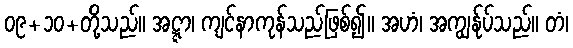
၀၉+၁၀+တို့သည်။ အဋ္ဋာ၊ ကျင်နာကုန်သည်ဖြစ်၍။ အဟံ၊ အကျွန်ုပ်သည်။ တံ၊